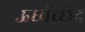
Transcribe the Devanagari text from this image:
ऊर्ध्वच्छंद